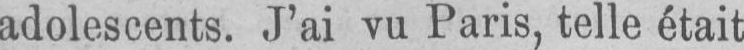
adolescents. J’ai vu Paris, telle était